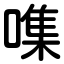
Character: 㗱